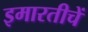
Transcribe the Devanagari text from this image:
इमारतीचें